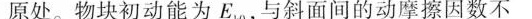
原处。物块初动能为E、，与斜面间的动摩擦因数不